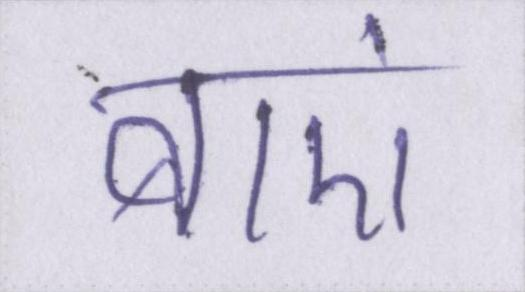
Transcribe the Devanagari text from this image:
बाएं